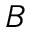
B